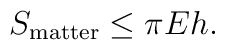
S_{\rm matter} \leq \pi E h.